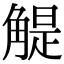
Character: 䚣